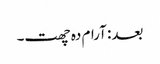
بعد: آرام دہ چھت۔